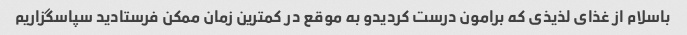
باسلام از غذای لذیذی که برامون درست کردیدو به موقع در کمترین زمان ممکن فرستادید سپاسگزاریم